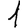
Digit: 1